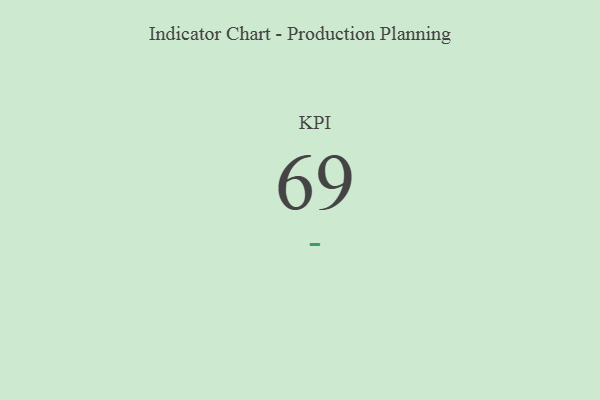
{"axis": {"x": "KPI", "y": "Value"}, "legend": [""], "data": [{"x": "KPI", "y": 69, "type": ""}]}